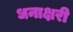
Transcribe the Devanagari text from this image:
धनाक्षरी